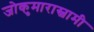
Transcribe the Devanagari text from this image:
जोकुमारास्वामी